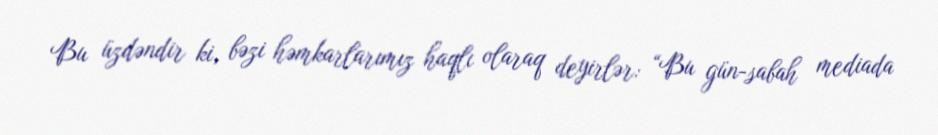
Bu üzdəndir ki, bəzi həmkarlarımız haqlı olaraq deyirlər: “Bu gün-sabah mediada